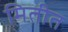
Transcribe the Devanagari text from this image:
मितीत